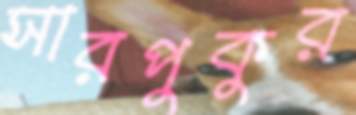
সারপুকুর